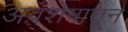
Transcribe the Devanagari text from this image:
अवशेषातून